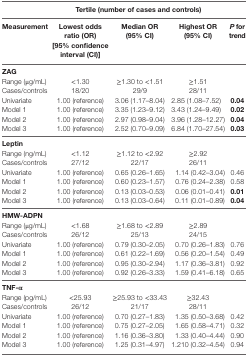
<table><thead><tr><td>[EMPTY_CELL]</td><td colspan="3"><b>Tertile (number of cases and controls)</b></td><td>[EMPTY_CELL]</td></tr><tr><td><b>Measurement</b></td><td><b>Lowest odds ratio (OR) [95% confidence interval (CI)]</b></td><td><b>Median OR (95% CI)</b></td><td><b>Highest OR (95% CI)</b></td><td><b><i>P</i> for trend</b></td></tr></thead><tbody><tr><td colspan="5"><b>ZAG</b></td></tr><tr><td>Range (μg/mL)</td><td>&lt;1.30</td><td>≥1.30 to &lt;1.51</td><td>≥1.51</td><td>[EMPTY_CELL]</td></tr><tr><td>Cases/controls</td><td>18/20</td><td>29/9</td><td>28/11</td><td>[EMPTY_CELL]</td></tr><tr><td>Univariate</td><td>1.00 (reference)</td><td>3.06 (1.17–8.04)</td><td>2.85 (1.08–7.52)</td><td><b>0.04</b></td></tr><tr><td>Model 1</td><td>1.00 (reference)</td><td>3.35 (1.23–9.12)</td><td>3.43 (1.24–9.49)</td><td><b>0.02</b></td></tr><tr><td>Model 2</td><td>1.00 (reference)</td><td>2.97 (0.98–9.04)</td><td>3.96 (1.28–12.27)</td><td><b>0.04</b></td></tr><tr><td>Model 3</td><td>1.00 (reference)</td><td>2.52 (0.70–9.09)</td><td>6.84 (1.70–27.54)</td><td><b>0.03</b></td></tr><tr><td colspan="5"><b>Leptin</b></td></tr><tr><td>Range (ng/mL)</td><td>&lt;1.12</td><td>≥1.12 to &lt;2.92</td><td>≥2.92</td><td>[EMPTY_CELL]</td></tr><tr><td>Cases/controls</td><td>27/12</td><td>22/17</td><td>26/11</td><td>[EMPTY_CELL]</td></tr><tr><td>Univariate</td><td>1.00 (reference)</td><td>0.65 (0.26–1.65)</td><td>1.14 (0.42–3.04)</td><td>0.46</td></tr><tr><td>Model 1</td><td>1.00 (reference)</td><td>0.60 (0.23–1.57)</td><td>0.76 (0.24–2.38)</td><td>0.58</td></tr><tr><td>Model 2</td><td>1.00 (reference)</td><td>0.13 (0.03–0.53)</td><td>0.06 (0.01–0.41)</td><td><b>0.01</b></td></tr><tr><td>Model 3</td><td>1.00 (reference)</td><td>0.13 (0.03–0.64)</td><td>0.11 (0.01–0.89)</td><td><b>0.04</b></td></tr><tr><td colspan="5"><b>HMW-ADPN</b></td></tr><tr><td>Range (μg/mL)</td><td>&lt;1.68</td><td>≥1.68 to &lt;2.89</td><td>≥2.89</td><td>[EMPTY_CELL]</td></tr><tr><td>Cases/controls</td><td>26/12</td><td>25/13</td><td>24/15</td><td>[EMPTY_CELL]</td></tr><tr><td>Univariate</td><td>1.00 (reference)</td><td>0.79 (0.30–2.05)</td><td>0.70 (0.26–1.83)</td><td>0.76</td></tr><tr><td>Model 1</td><td>1.00 (reference)</td><td>0.61 (0.22–1.69)</td><td>0.56 (0.20–1.54)</td><td>0.49</td></tr><tr><td>Model 2</td><td>1.00 (reference)</td><td>0.95 (0.30–2.94)</td><td>1.17 (0.36–3.81)</td><td>0.92</td></tr><tr><td>Model 3</td><td>1.00 (reference)</td><td>0.92 (0.26–3.33)</td><td>1.59 (0.41–6.18)</td><td>0.65</td></tr><tr><td colspan="5"><b>TNF-α</b></td></tr><tr><td>Range (pg/mL)</td><td>&lt;25.93</td><td>≥25.93 to &lt;33.43</td><td>≥32.43</td><td>[EMPTY_CELL]</td></tr><tr><td>Cases/controls</td><td>26/12</td><td>21/17</td><td>28/11</td><td>[EMPTY_CELL]</td></tr><tr><td>Univariate</td><td>1.00 (reference)</td><td>0.70 (0.27–1.83)</td><td>1.35 (0.50–3.68)</td><td>0.42</td></tr><tr><td>Model 1</td><td>1.00 (reference)</td><td>0.75 (0.27–2.05)</td><td>1.65 (0.58–4.71)</td><td>0.32</td></tr><tr><td>Model 2</td><td>1.00 (reference)</td><td>1.16 (0.36–3.80)</td><td>1.33 (0.40–4.44)</td><td>0.90</td></tr><tr><td>Model 3</td><td>1.00 (reference)</td><td>1.25 (0.31–4.97)</td><td>1.210 (0.32–4.54)</td><td>0.94</td></tr></tbody></table>